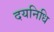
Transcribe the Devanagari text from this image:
दयनिधि